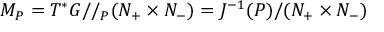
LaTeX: M _ { P } = T ^ { * } G / / _ { P } ( N _ { + } \times N _ { - } ) = J ^ { - 1 } ( P ) / ( N _ { + } \times N _ { - } )